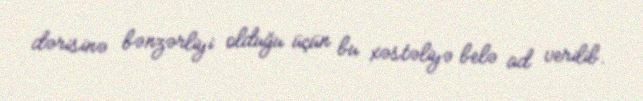
dərisinə bənzərliyi olduğu üçün bu xəstəliyə belə ad verilib.